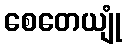
စေတေယျုံ